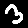
Digit: 3